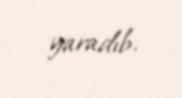
yaradıb.